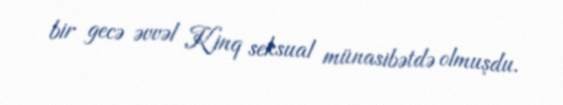
bir gecə əvvəl Kinq seksual münasibətdə olmuşdu.